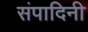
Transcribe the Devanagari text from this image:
संपादिनी